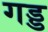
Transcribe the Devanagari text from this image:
गड्ड